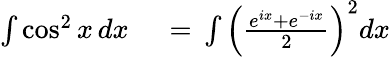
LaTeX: \begin{array}{rl}{\int\cos^{2}x\, dx\, }&{{}=\, \int\left({\frac{e^{ix}+e^{-ix}}{2}}\right)^{2}dx}\end{array}